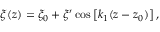
\xi ( z ) = \xi _ { 0 } + \xi ^ { \prime } \cos \left[ k _ { 1 } ( z - z _ { 0 } ) \right] ,